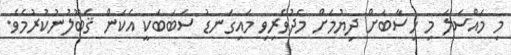
މި މައްސަލަ މި ހިސާބަށް ދިޔުމަށް މެދުވެރިވި މައިގަނޑު ސަބަބަކީ އެކަން ޤަބޫލުނުކުރުމެވެ.